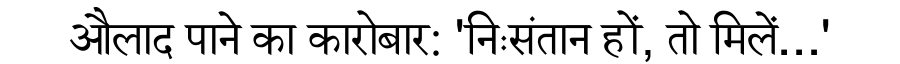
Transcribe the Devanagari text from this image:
औलाद पाने का कारोबार: 'निःसंतान हों, तो मिलें…'